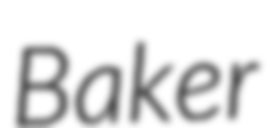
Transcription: Baker